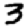
Digit: 3